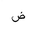
Letter: _dad